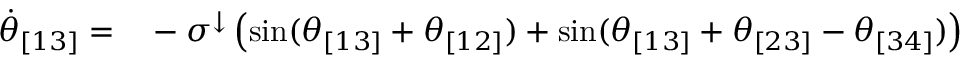
\begin{array} { r l } { \Dot { \theta } _ { [ 1 3 ] } = } & { { } - \sigma ^ { \downarrow } \left( \sin ( \theta _ { [ 1 3 ] } + \theta _ { [ 1 2 ] } ) + \sin ( \theta _ { [ 1 3 ] } + \theta _ { [ 2 3 ] } - \theta _ { [ 3 4 ] } ) \right) } \end{array}